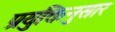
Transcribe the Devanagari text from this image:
प्रयुक्तिनुसार